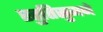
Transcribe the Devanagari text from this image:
स्तुतिसुमने